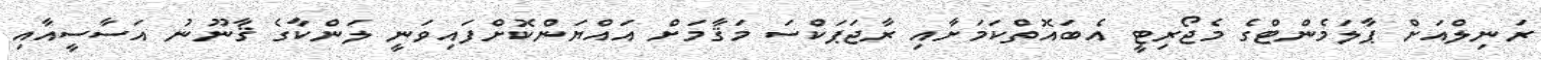
ރަނިލްއަށް ޕާލަމެންޓްގެ މެޖޯރިޓީ އެބައޮތްކަމަށާއި ރާޖަޕަކްސަ މަޤާމަށް އައްޔަންކޮށްފައިވަނީ ލަންކާގެ ޤާނޫނު އަސާސީއާއި